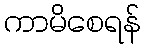
ကာမိစေရန်